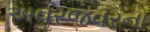
અવરજવરના